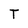
Character: T